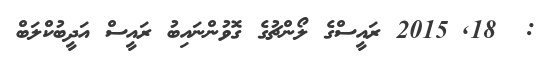
:  18